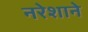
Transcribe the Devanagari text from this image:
नरेशाने